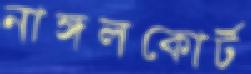
নাঙ্গলকোর্ট